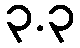
၃.၃